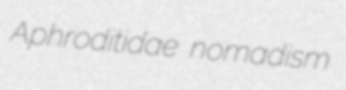
Aphroditidae nomadism